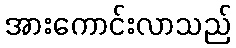
အားကောင်းလာသည်